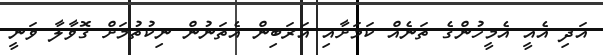
އަދި އެއީ އެމީހުންގެ ތަނެއް ކަމަށާއި އަރަބިން އެތަނުން ނިކުތުމަށް ގޮވާލާ ވަނީ